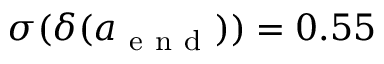
\sigma ( \delta ( a _ { \mathrm { ~ e ~ n ~ d ~ } } ) ) = 0 . 5 5